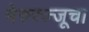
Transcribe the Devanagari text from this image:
मेरुरज्जूचा